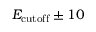
E _ { \mathrm { c u t o f f } } \pm 1 0 \